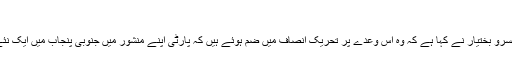
9 مئی 2018
جنوبی پنجاب صوبہ محاذ کے صدر خسرو بختیار نے کہا ہے کہ وہ اس وعدے پر تحریک انصاف میں ضم ہوئے ہیں کہ پارٹی اپنے منشور میں جنوبی پنجاب میں ایک نئے صوبے کے قیام کو شامل کرے گی۔